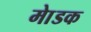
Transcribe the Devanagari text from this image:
माेडक